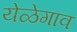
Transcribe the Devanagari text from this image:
येळेगाव